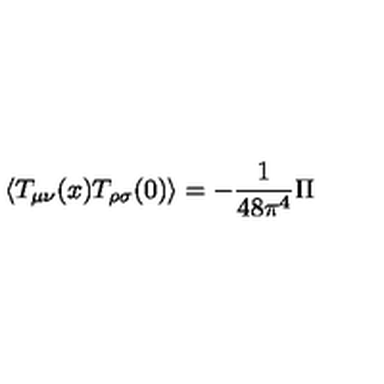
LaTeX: \langle T _ { \mu \nu } ( x ) T _ { \rho \sigma } ( 0 ) \rangle = - { \frac { 1 } { 4 8 \pi ^ { 4 } } } { \Pi }